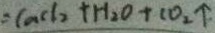
= C a C l _ { 2 } + H _ { 2 } O + C O _ { 2 } \uparrow